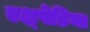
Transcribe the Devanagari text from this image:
एक्ष्पेडिया